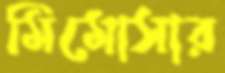
মিমোসার